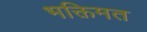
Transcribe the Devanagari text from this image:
भक्तिमत